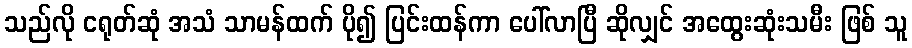
သည်လို ငရုတ်ဆုံ အသံ သာမန်ထက် ပို၍ ပြင်းထန်ကာ ပေါ်လာပြီ ဆိုလျှင် အထွေးဆုံးသမီး ဖြစ် သူ